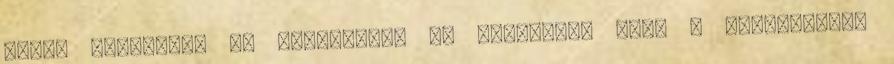
része elmebeteg és kommunista De valamiért pont a házelnöknek